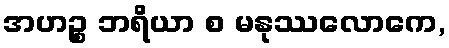
အဟဉ္စ ဘရိယာ စ မနုဿလောကေ,